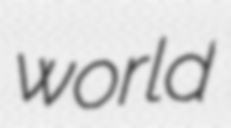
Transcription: world